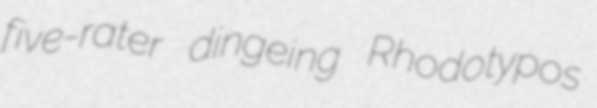
five-rater dingeing Rhodotypos